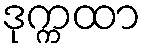
ဒုက္ကထာ